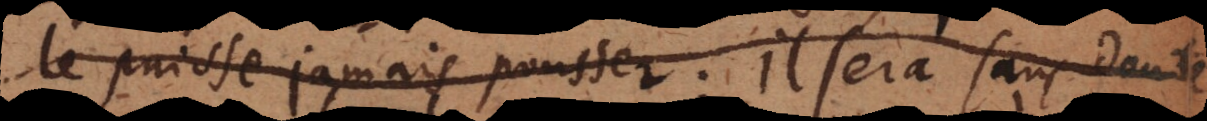
le puisse jamais pousser; il sera sans doute